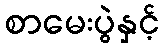
စာမေးပွဲနှင့်